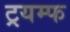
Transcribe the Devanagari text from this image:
ट्रयम्फ